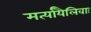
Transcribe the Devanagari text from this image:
मर्त्यायैलिवाः